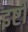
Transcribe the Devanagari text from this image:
इष्टी